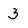
Character: 3